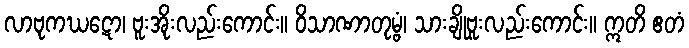
လာဗုကဃဋော၊ ဗူးအိုးလည်းကောင်း။ ဝိသာဏာတုမ္ဗံ၊ သားချိုဗူးလည်းကောင်း။ ဣတိ ဧတံ